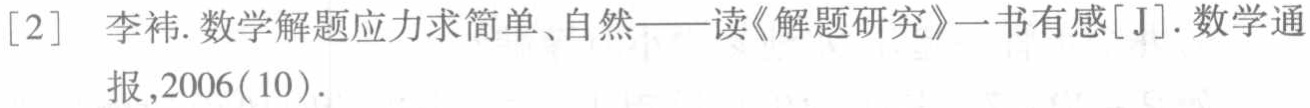
[2] 李祎. 数学解题应力求简单、自然——读《解题研究》一书有感[J]. 数学通报,2006(10).